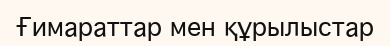
Ғимараттар мен құрылыстар